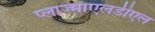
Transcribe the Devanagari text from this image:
प्लाज्माएलडीएल